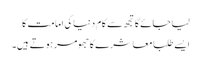
لیا جائے گا تجھ سے کام دنیا کی امامت کا
ایسے طلبا معاشرے کا جھومر ہوتے ہیں۔